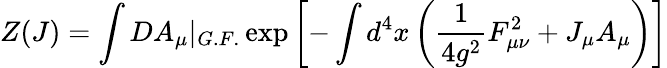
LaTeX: Z(J)=\int DA_{\mu}|_{G.F.}\exp\left[-\int d^{4}x\left(\frac{1}{4g^{2}}F_{\mu\nu}^{2}+J_{\mu}A_{\mu}\right)\right]